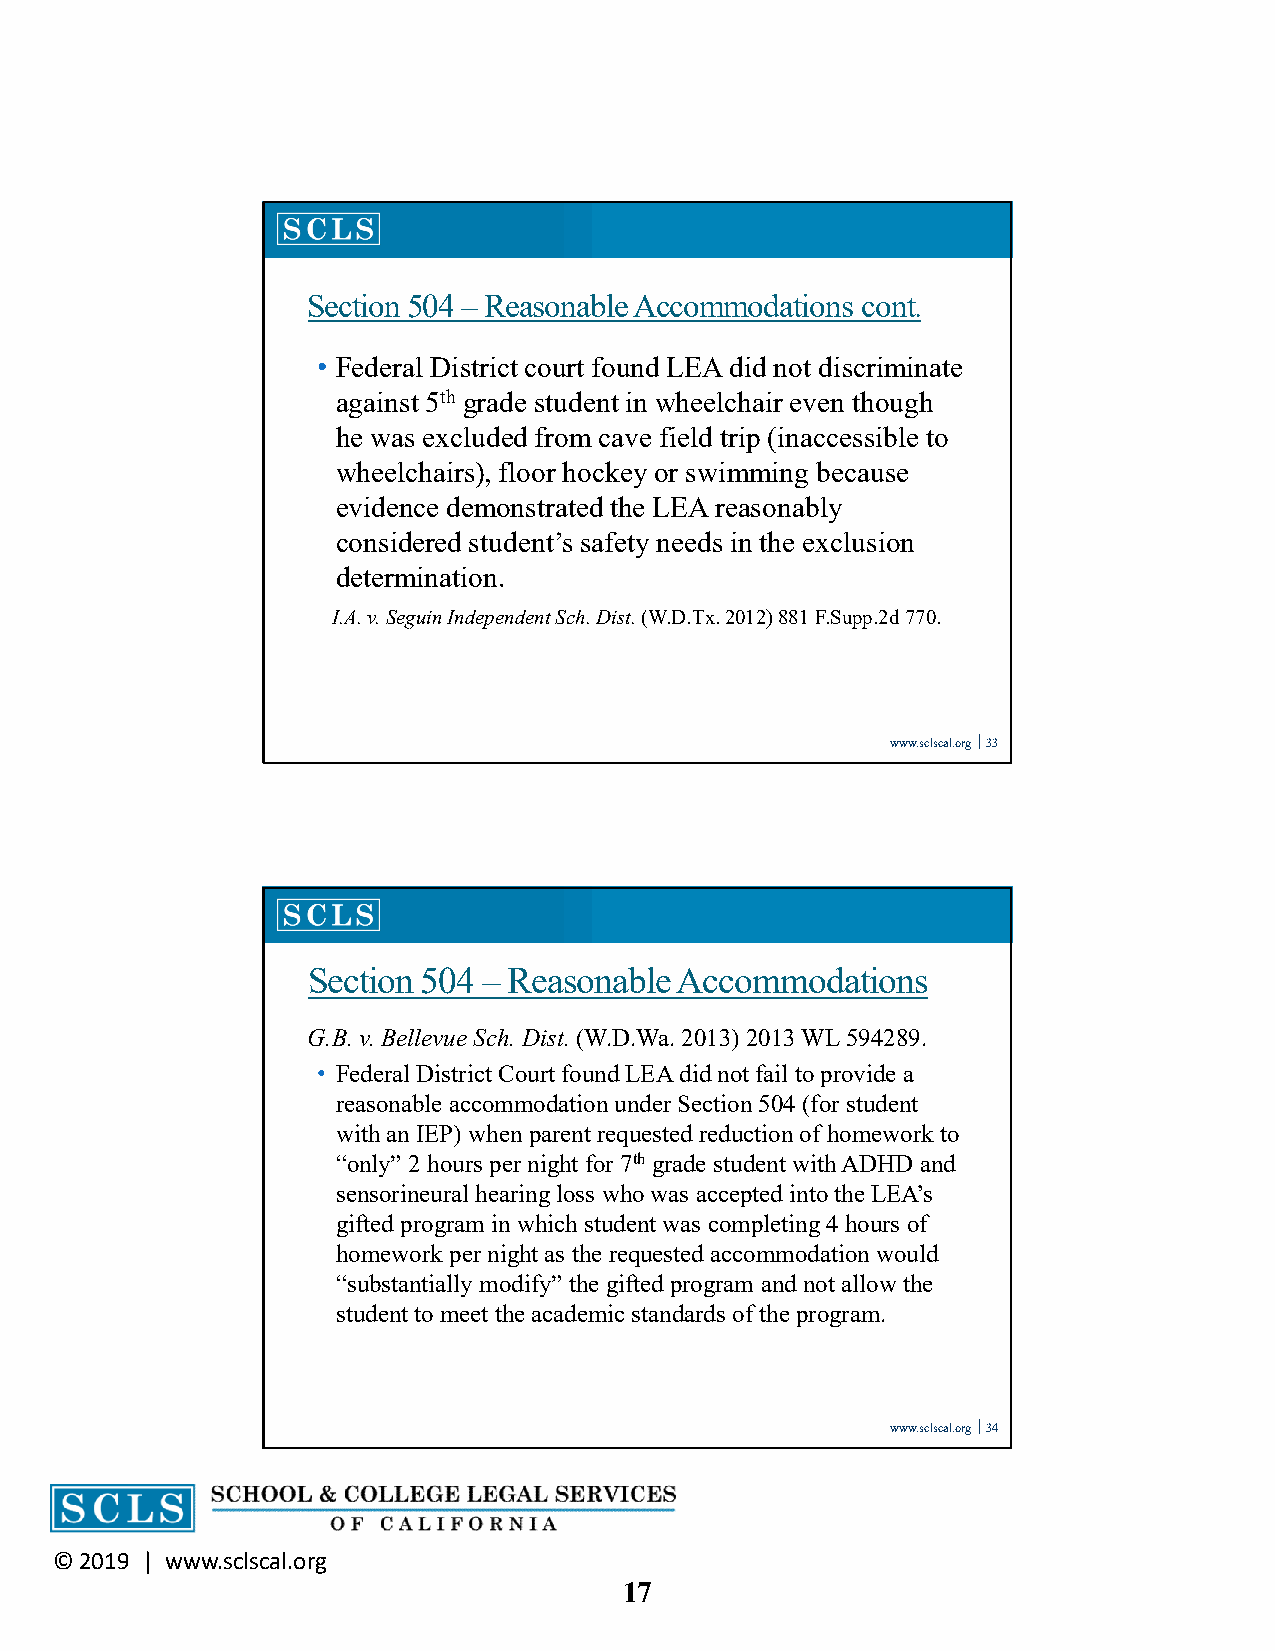
Section 504 –Reasonable Accommodations cont.
 • Federal District court found LEA did not discriminate
 against 5th grade student in wheelchair even though
 he was excluded from cave field trip (inaccessible to
 wheelchairs), floor hockey or swimming because
 evidence demonstrated the LEA reasonably
 considered student’s safety needs in the exclusion
 determination.
 I.A. v. Seguin Independent Sch. Dist. (W.D.Tx. 2012) 881 F.Supp.2d 770.
 www.sclscal.org 33
 Section 504 – Reasonable Accommodations
 G.B. v. Bellevue Sch. Dist. (W.D.Wa. 2013) 2013 WL 594289.
 • Federal District Court found LEA did not fail to provide a
 reasonable accommodation under Section 504 (for student
 with an IEP) when parent requested reduction of homework to
 “only” 2 hours per night for 7thgrade student with ADHD and
 sensorineural hearing loss who was accepted into the LEA’s
 gifted program in which student was completing 4 hours of
 homework per night as the requested accommodation would
 “substantially modify” the gifted program and not allow the
 student to meet the academic standards of the program.
 www.sclscal.org 34
 © 2019 | www.sclscal.org
 17